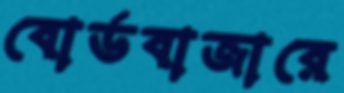
বোর্ডবাজারে